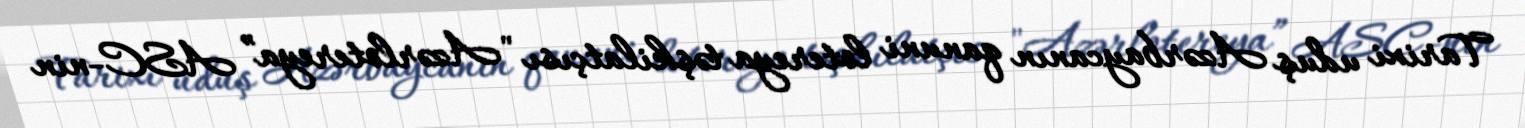
Tarixi uduş Azərbaycanın qanuni lotereya təşkilatçısı "Azərlotereya” ASC-nin